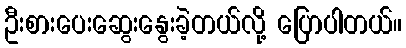
ဦးစားပေးဆွေးနွေးခဲ့တယ်လို့ ပြောပါတယ်။